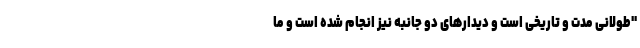
"طولانی مدت و تاریخی است و دیدارهای دو جانبه نیز انجام شده است و ما